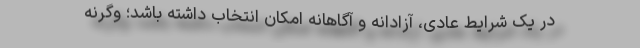
در یک شرایط عادی، آزادانه و آگاهانه امکان انتخاب داشته باشد؛ وگرنه